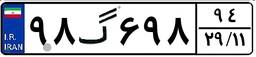
۹۸گ۶۹۸۹۴